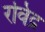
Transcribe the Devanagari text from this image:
रविद्र